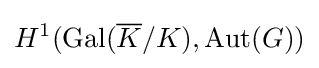
H^{1}(\mathrm {Gal} ({\overline {K}}/K),\mathrm {Aut} (G))